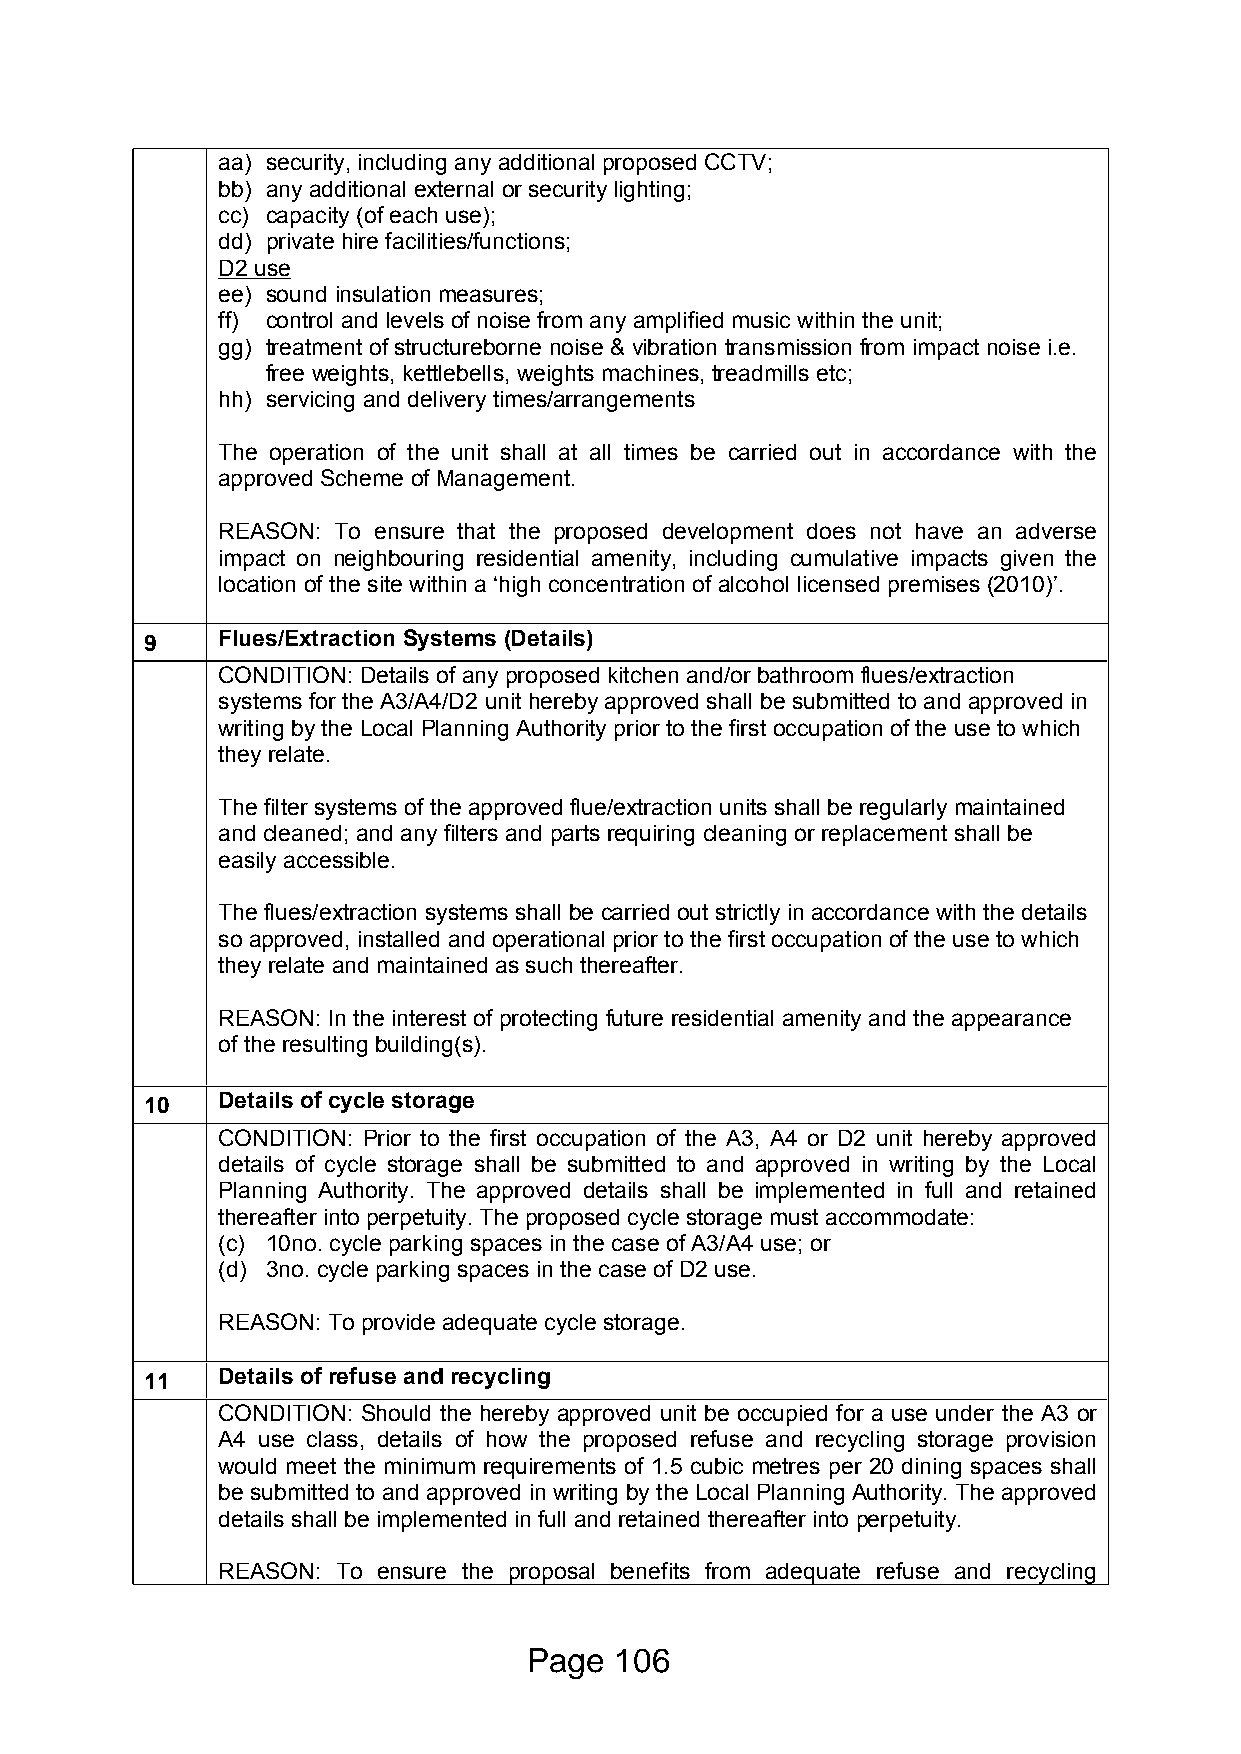
aa) security, including any additional proposed CCTV;
 bb) any additional external or security lighting;
 cc) capacity (of each use);
 dd) private hire facilities/functions;
 D2 use
 ee) sound insulation measures;
 ff) control and levels of noise from any amplified music within the unit;
 gg) treatment of structureborne noise & vibration transmission from impact noise i.e.
 free weights, kettlebells, weights machines, treadmills etc;
 hh) servicing and delivery times/arrangements
 The operation of the unit shall at all times be carried out in accordance with the
 approved Scheme of Management.
 REASON: To ensure that the proposed development does not have an adverse
 impact on neighbouring residential amenity, including cumulative impacts given the
 location of the site within a ‘high concentration of alcohol licensed premises (2010)’.
 9   Flues/Extraction Systems (Details)
 CONDITION: Details of any proposed kitchen and/or bathroom flues/extraction
 systems for the A3/A4/D2 unit hereby approved shall be submitted to and approved in
 writing by the Local Planning Authority prior to the first occupation of the use to which
 they relate.
 The filter systems of the approved flue/extraction units shall be regularly maintained
 and cleaned; and any filters and parts requiring cleaning or replacement shall be
 easily accessible.
 The flues/extraction systems shall be carried out strictly in accordance with the details
 so approved, installed and operational prior to the first occupation of the use to which
 they relate and maintained as such thereafter.
 REASON: In the interest of protecting future residential amenity and the appearance
 of the resulting building(s).
 10  Details of cycle storage
 CONDITION: Prior to the first occupation of the A3, A4 or D2 unit hereby approved
 details of cycle storage shall be submitted to and approved in writing by the Local
 Planning Authority. The approved details shall be implemented in full and retained
 thereafter into perpetuity. The proposed cycle storage must accommodate:
 (c) 10no. cycle parking spaces in the case of A3/A4 use; or
 (d) 3no. cycle parking spaces in the case of D2 use.
 REASON: To provide adequate cycle storage.
 11  Details of refuse and recycling
 CONDITION: Should the hereby approved unit be occupied for a use under the A3 or
 A4 use class, details of how the proposed refuse and recycling storage provision
 would meet the minimum requirements of 1.5 cubic metres per 20 dining spaces shall
 be submitted to and approved in writing by the Local Planning Authority. The approved
 details shall be implemented in full and retained thereafter into perpetuity.
 REASON: To ensure the proposal benefits from adequate refuse and recycling
 Page  106